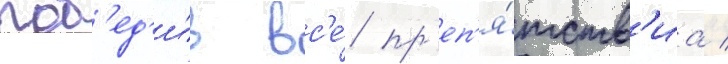
поб'ед'и́в вс'е́ пр'еп'я́тств'иа /